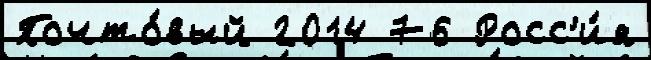
Почто́вый 2014 76 Росс'и́я